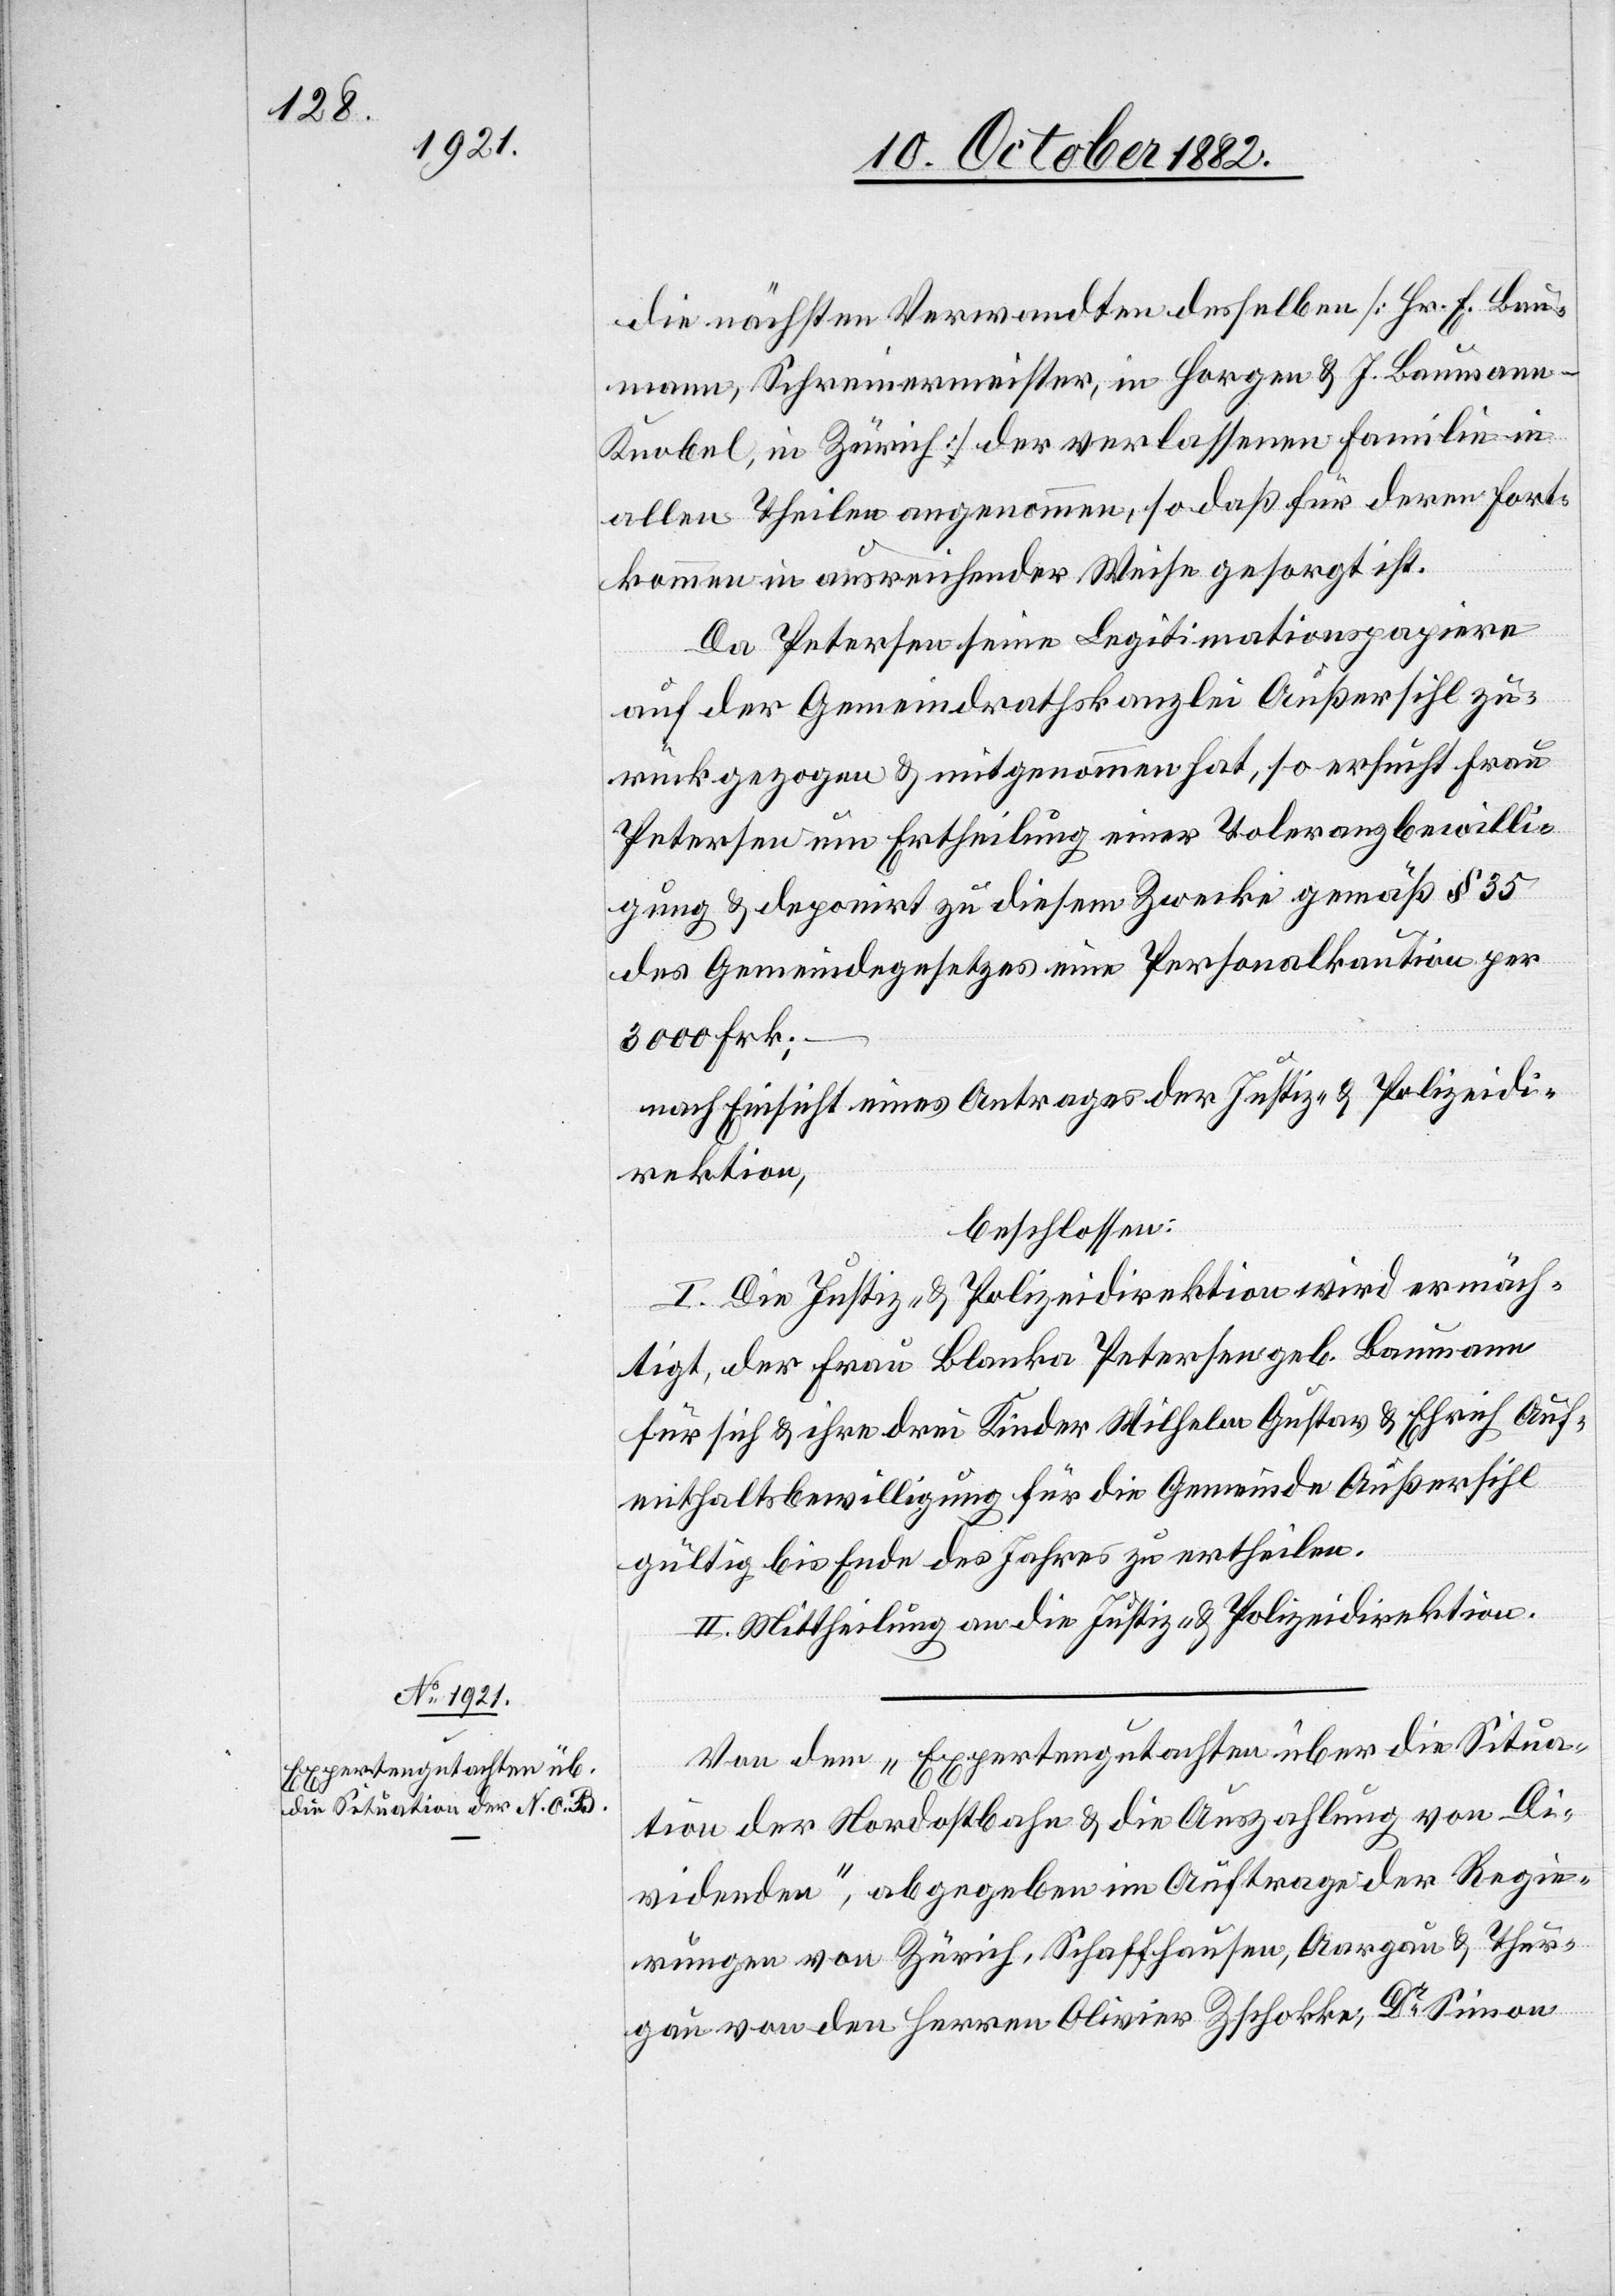
die nächsten Verwandten desselben [Hr. E. Bau¬
mann, Schreinermeister, in Horgen & J. Baumann-K¬
nobel, in Zürich] der verlassenen Familie in
allen Theil angenommen, so daß für deren Fort¬
kommen in ausreichender Weise gesorgt ist.
Da Peterson seine Legitimationspapiere
auf der Gemeindrathskanzlei Außersihl zu¬
rückgezogen & mitgenommen hat, so ersucht Frau
Petersen um Ertheilung einer Toleranzbewilli¬
gung & deponirt zu diesem Zwecke gemäß § 35
des Gemeindegesetzes eine Personalkaution per
3000 Frk.;
nach Einsicht eines Antrages der Justiz- & Polizeidi¬
rektion,
beschlossen:
I. Die Justiz- & Polizeidirektion wird ermäch¬
tigt, der Frau Blanka Petersen geb. Baumann
für sich & ihre drei Kinder Wilhelm[,] Gustav & Ehrich Auf¬
enthaltsbewilligung für die Gemeinde Außersihl
gültig bis Ende des Jahres zu ertheilen.
II. Mittheilung an die Justiz- & Polizeidirektion.
Von dem „Expertengutachten über die Situa¬
tion der Nordostbahn & die Auszahlung von Di¬
videnden“, abgegeben im Auftrage der Regie¬
rungen von Zürich, Schaffhausen, Aargau & Thur¬
gau von den Herren Olivier Zschokke, Dr Simon